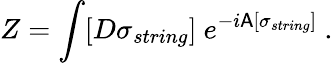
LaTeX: Z=\int[D\sigma_{string}]\ e^{-i{\sf A}[\sigma_{string}]}\ .